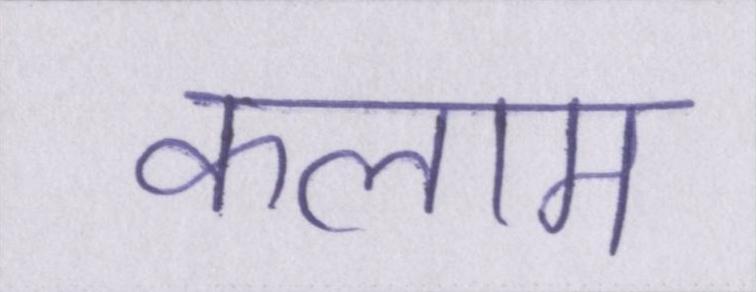
कलाम